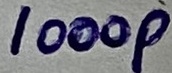
Text: 1000p